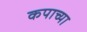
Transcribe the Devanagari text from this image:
कपाच्या